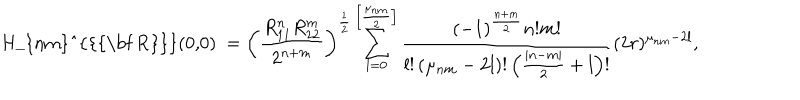
\mathrm { ~ H _ { n m } ^ { \{ { \bf ~ R } \} } ( 0 , 0 ) ~ } = \left( \frac { R _ { 1 1 } ^ { n } R _ { 2 2 } ^ { m } } { 2 ^ { n + m } } \right) ^ { \frac 1 2 } \sum _ { l = 0 } ^ { \left[ \frac { \mu _ { n m } } 2 \right] } \frac { ( - 1 ) ^ { \frac { n + m } 2 } n ! m ! } { l ! \left( \mu _ { n m } - 2 l \right) ! \left( \frac { | n - m | } 2 + l \right) ! } ( 2 r ) ^ { \mu _ { n m } - 2 l } ,